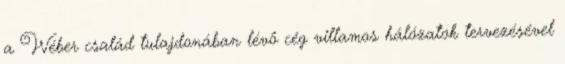
a Wéber család tulajdonában lévô cég villamos hálózatok tervezésével